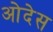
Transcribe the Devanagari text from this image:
ओदेस